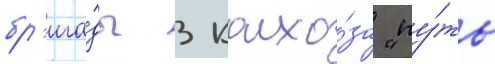
бр'ига́ды 3 колхо́за "пу́ть